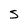
Character: S